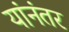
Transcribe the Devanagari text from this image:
यांनंतर